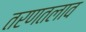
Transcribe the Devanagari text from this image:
तरणतलाव